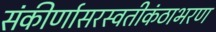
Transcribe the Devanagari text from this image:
संकीर्णासरस्वतीकंठाभरण